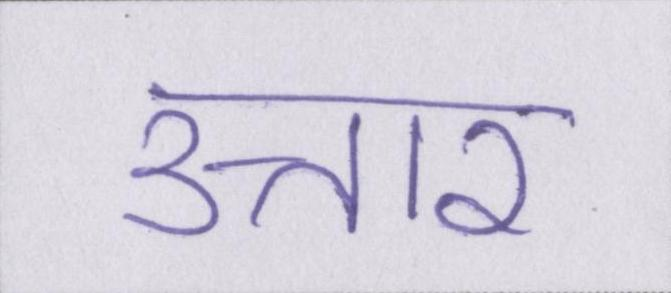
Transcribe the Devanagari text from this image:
उत्तार